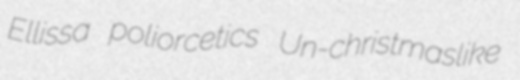
Ellissa poliorcetics Un-christmaslike